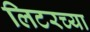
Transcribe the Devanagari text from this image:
लिटरच्या